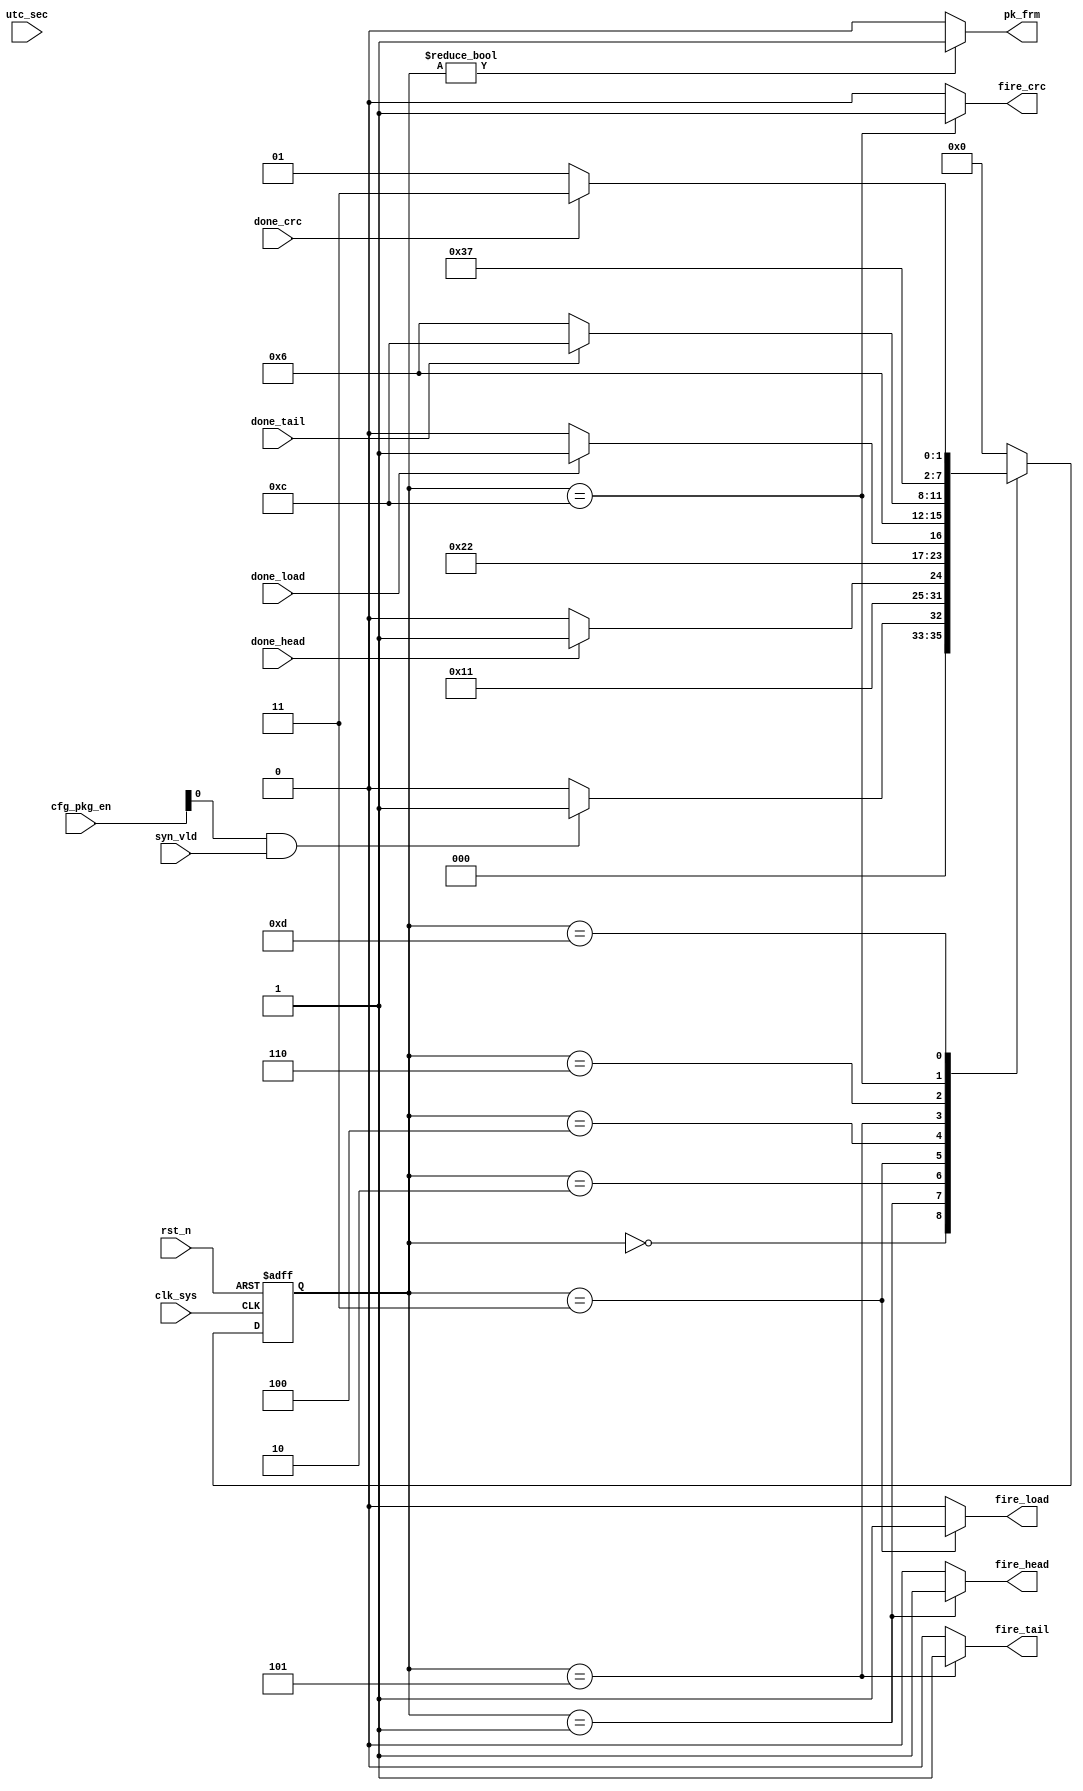
//pack_main.v


module pack_main(
fire_head,
fire_load,
fire_tail,
fire_crc,
done_head,
done_load,
done_tail,
done_crc,
pk_frm,
//configuration
cfg_pkg_en,
//clk rst
utc_sec,
syn_vld,
clk_sys,
rst_n
);
output	fire_head;
output	fire_load;
output	fire_tail;
output	fire_crc;
input 	done_head;
input 	done_load;
input 	done_tail;
input		done_crc;
output	pk_frm;
//configuration
input [7:0] cfg_pkg_en;
//clk rst
input [31:0]	utc_sec;
input syn_vld;
input clk_sys;
input rst_n;
//-----------------------------------------
//-----------------------------------------


wire pack_en = cfg_pkg_en[0];


//------------ main FSM of pack --------
parameter S_IDLE = 4'h0;
parameter S_FIRE_HEAD = 4'h1;
parameter S_WAIT_HEAD = 4'h2;
parameter S_FIRE_LOAD = 4'h3;
parameter S_WAIT_LOAD = 4'h4;
parameter S_FIRE_TAIL = 4'h5;
parameter S_WAIT_TAIL = 4'h6;
parameter S_FIRE_CRC = 4'hc;
parameter S_WAIT_CRC = 4'hd;
parameter S_DONE = 4'hf;
reg [3:0] st_pack_main;
wire utc_sec_change;
always @ (posedge clk_sys or negedge rst_n)	begin
	if(~rst_n)
		st_pack_main <= S_IDLE;
	else begin
		case(st_pack_main)
//			S_IDLE : st_pack_main <= pack_en & utc_sec_change ? 
			S_IDLE : st_pack_main <= pack_en & syn_vld ? 
																S_FIRE_HEAD : S_IDLE;
			S_FIRE_HEAD : st_pack_main <= S_WAIT_HEAD;
			S_WAIT_HEAD : st_pack_main <= done_head ? S_FIRE_LOAD : S_WAIT_HEAD;
			S_FIRE_LOAD : st_pack_main <= S_WAIT_LOAD;
			S_WAIT_LOAD : st_pack_main <= done_load ? S_FIRE_TAIL : S_WAIT_LOAD;
			S_FIRE_TAIL : st_pack_main <= S_WAIT_TAIL;
			S_WAIT_TAIL : st_pack_main <= done_tail ? S_FIRE_CRC : S_WAIT_TAIL;
			S_FIRE_CRC : st_pack_main <= S_WAIT_CRC;
			S_WAIT_CRC : st_pack_main <= done_crc ? S_DONE : S_WAIT_CRC;
			S_DONE : st_pack_main <= S_IDLE;
			default : st_pack_main <= S_IDLE;
		endcase
	end
end

reg [31:0] utc_sec_reg;
always @ (posedge clk_sys)
	utc_sec_reg <= utc_sec;
assign utc_sec_change = (utc_sec_reg != utc_sec) ? 1'b1 : 1'b0;


//--------- control output -----------
wire	fire_head;
wire	fire_load;
wire	fire_tail;
wire 	fire_crc;
assign fire_head = (st_pack_main == S_FIRE_HEAD) ? 1'b1 : 1'b0;
assign fire_load = (st_pack_main == S_FIRE_LOAD) ? 1'b1 : 1'b0;
assign fire_tail = (st_pack_main == S_FIRE_TAIL) ? 1'b1 : 1'b0;
assign fire_crc  = (st_pack_main == S_FIRE_CRC)  ? 1'b1 : 1'b0;


wire pk_frm;
assign pk_frm = (st_pack_main != S_IDLE) ? 1'b1 : 1'b0;


endmodule